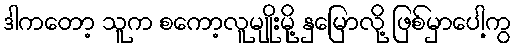
ဒါကတော့ သူက စကော့လူမျိုးမို့ နှမြောလို့ ဖြစ်မှာပေါ့ကွ